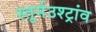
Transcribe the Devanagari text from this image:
स्तूर्मउश्ट्रांव